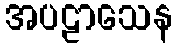
အပဠာသေန